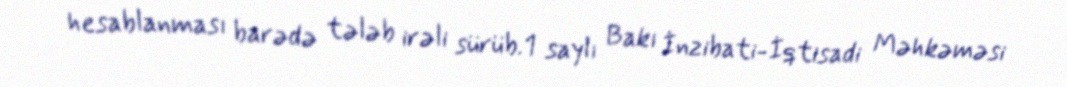
hesablanması barədə tələb irəli sürüb.1 saylı Bakı İnzibati-İqtisadi Məhkəməsi